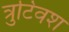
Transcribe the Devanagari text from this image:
त्रुटिवश